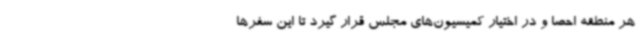
هر منطقه احصا و در اختیار کمیسیون‌های مجلس قرار گیرد تا این سفرها